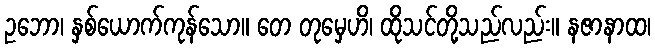
ဥဘော၊ နှစ်ယောက်ကုန်သော။ တေ တုမှေဟိ၊ ထိုသင်တို့သည်လည်း။ နဇာနာထ၊